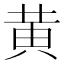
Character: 黄